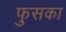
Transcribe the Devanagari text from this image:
फुसका